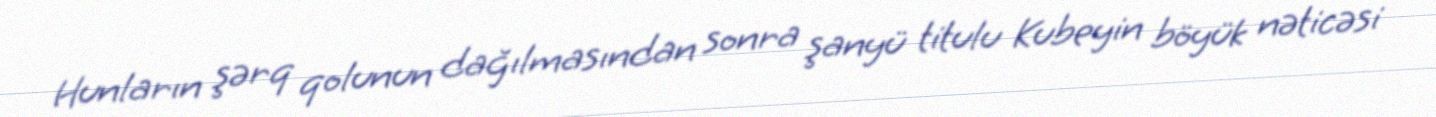
Hunların şərq qolunun dağılmasından sonra şanyü titulu Kubeyin böyük nəticəsi